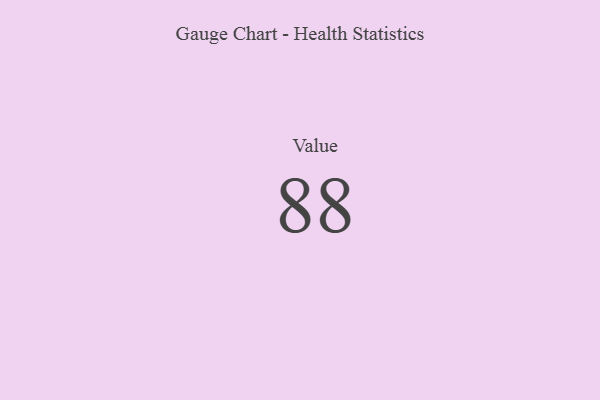
{"axis": {"x": "Metric", "y": "Value"}, "legend": [""], "data": [{"x": "Value", "y": 88, "type": ""}]}